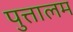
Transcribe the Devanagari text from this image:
पुत्तालम